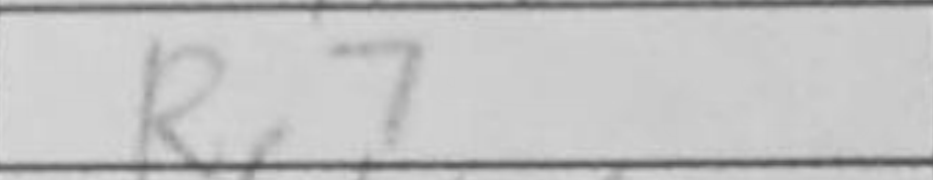
Transcription: Rc7